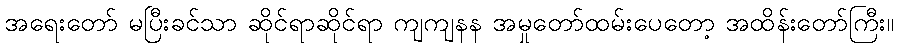
အရေးတော် မပြီးခင်သာ ဆိုင်ရာဆိုင်ရာ ကျကျနန အမှုတော်ထမ်းပေတော့ အထိန်းတော်ကြီး။